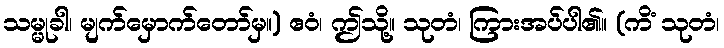
သမ္မုခါ၊ မျက်မှောက်တော်မှ။) ဧဝံ၊ ဤသို့။ သုတံ၊ ကြားအပ်ပါ၏။ (ကိံ သုတံ၊